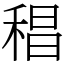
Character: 䅛